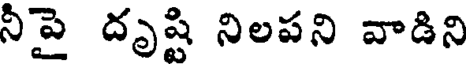
నీపై దృష్టి నిలపని వాడిని